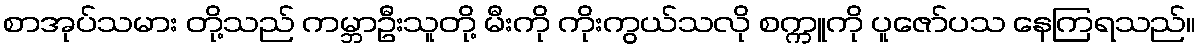
စာအုပ်သမား တို့သည် ကမ္ဘာဦးသူတို့ မီးကို ကိုးကွယ်သလို စက္ကူကို ပူဇော်ပသ နေကြရသည်။